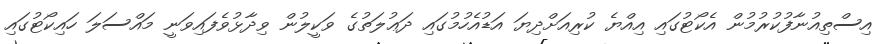
އިސްތިއުނާފުކުރުމުން އެކޯޓުގައި އިއްޔެ ކުރިއަށްދިޔަ އަޑުއެހުމުގައި ދަޢުލަތުގެ ވަކީލުން ވިދާޅުވެފައިވަނީ މައްސަލަ ހައިކޯޓުގައި